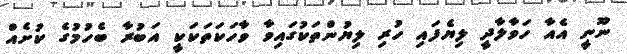
ނޫނީ އެއާ ހަވާލާދީ ލިޔެފައި ހުރި ލިޔުންތަކުގައިވާ ވާހަކަތަކަކީ އަބުރާ ބެހުމުގެ ކުށެއް